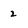
Character: 2